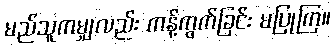
မည်သူကမျှလည်း ကန့်ကွက်ခြင်း မပြုကြ။